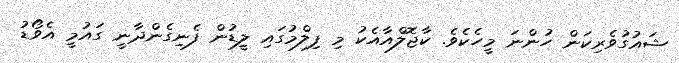
ޝައުގުވެރިކަން ހުންނަ މީހެކެވެ. ކާޖޮލްއާއެކު މި ފިލްމުގައި ލީޑުން ފެނިގެންދާނީ ގައުމީ އެވޯޑު